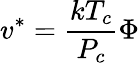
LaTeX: v^{*}={\frac{kT_{c}}{P_{c}}}\Phi